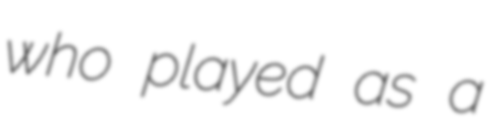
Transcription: who played as a